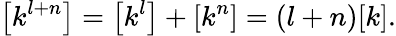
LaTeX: \left[k^{l+n}\right]=\left[k^{l}\right]+\left[k^{n}\right]=(l+n)[k].